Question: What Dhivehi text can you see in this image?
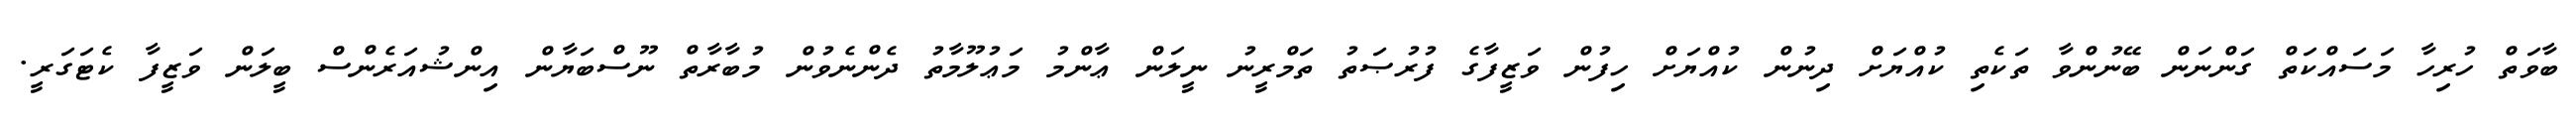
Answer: ބާވަތް ހުރިހާ މަސައްކަތް ގަންނަން ބޭނުންވާ ތަކެތި ކުއްޔަށް ދިނުން ކުއްޔަށް ހިފުން ވަޒީފާގެ ފުރުޞަތު ތަމްރީނު ނީލަން ޢާންމު މަޢުލޫމާތު ދެންނެވުން މުބާރާތް ނޫސްބަޔާން އިންޝުއަރެންސް ބީލަން ވަޒީފާ ކެޓަގަރީ.